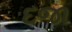
દજા